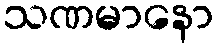
သဏမာနော